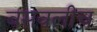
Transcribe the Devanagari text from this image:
बसवलीच